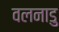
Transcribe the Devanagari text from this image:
वलनाडु